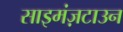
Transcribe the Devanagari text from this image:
साइमंज़टाउन